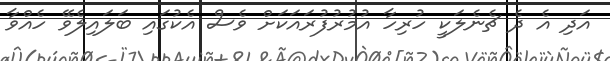
އަދި އެ ދެ ޗެނެލަކީ ހުރިހާ އުމުރުފުރައަކަށް ވެސް އެކުގައި ބަލައިލެވޭ ހެއްވާ